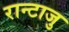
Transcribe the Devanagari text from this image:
रान्टाजु